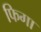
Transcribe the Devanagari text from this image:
फिगा